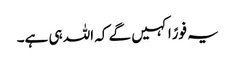
یہ فورًاکہیں گے کہ اللہ ہی ہے۔